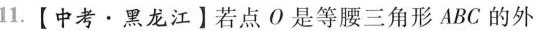
11.【中考\cdot黑龙江】若点O是等腰三角形ABC的外